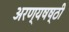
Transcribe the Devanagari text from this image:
अरण्यषष्ठी